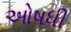
ઓષધી